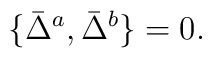
\{ \bar{\Delta}^a, \bar{\Delta}^b \} = 0.